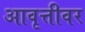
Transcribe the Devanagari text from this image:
आवृत्तीवर